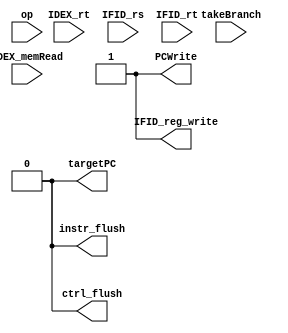
module HazardCtrl(
    input [6:0] op,
    input [4:0] IDEX_rt,
    input [4:0] IFID_rs,
    input [4:0] IFID_rt,
    input IDEX_memRead,
    input takeBranch,
    output reg PCWrite,
    output reg IFID_reg_write,
    output reg instr_flush,
    output reg ctrl_flush,
    output reg targetPC
);

    always@*begin
        // load use hazard
        if(op==7'b0000011&&IDEX_memRead==1&&(IDEX_rt==IFID_rs||IDEX_rt==IFID_rt))begin
            // stall the pipeline
            ctrl_flush = 1;
            instr_flush = 1;
            IFID_reg_write = 0;
            PCWrite = 0;
            targetPC = 0;
        end else if(takeBranch==1&&(op==7'b1100011||op==7'b1101111))begin
            // branch hazard
            // JAL hazard
            targetPC = 1;
            IFID_reg_write = 0;
            ctrl_flush = 1;
            instr_flush = 1;
            PCWrite = 1;
        end begin
            // no hazard
            ctrl_flush = 0;
            instr_flush = 0;
            IFID_reg_write = 1;
            PCWrite = 1;
            targetPC = 0;
        end

    end

endmodule